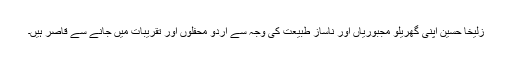
زُلیخا حُسین اپنی گھریلو مجبوریاں اور ناساز طبیعت کی وجہ سے اُردو محفلوں اور تقریبات میں جانے سے قاصر ہیں۔